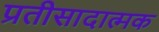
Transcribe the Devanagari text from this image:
प्रतीसादात्मक